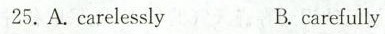
25.A.carelessly B. carefully